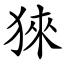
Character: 猍